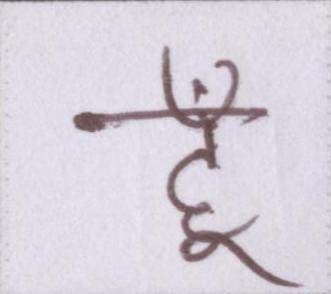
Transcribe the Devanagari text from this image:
हूँ